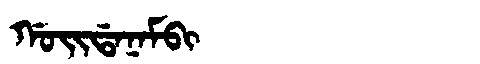
Manchu: ᡤᠣᡳᡩᠠᠨᠠᠮᠪᡳ
Romanization: GOIDANAMBI